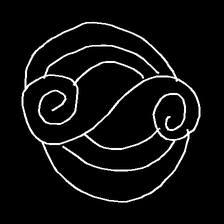
Glyph: wind-underfoot